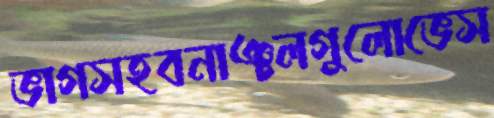
ভাগসহবনাঞ্চলগুলোভেস